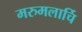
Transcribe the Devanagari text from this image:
मरुमलार्चि